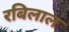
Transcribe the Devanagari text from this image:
रबिलाल